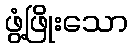
ဖွံ့ဖြိုးသော